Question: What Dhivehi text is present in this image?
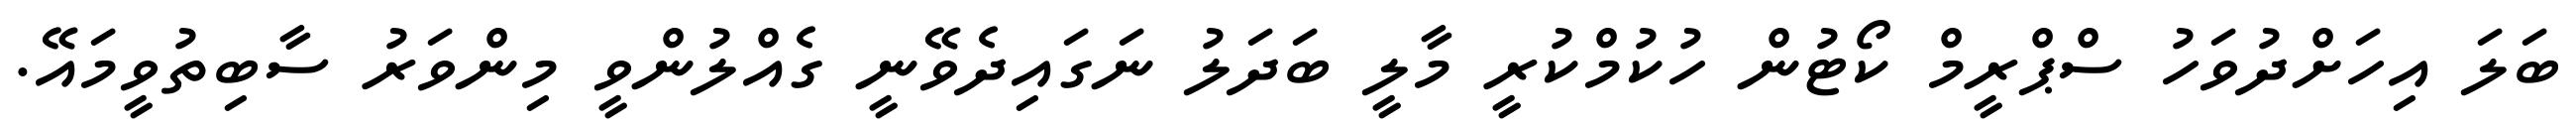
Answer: ބަލަ އިހަށްދުވަހު ސްޕްރީމް ކޯޓުން ހުކުމްކުރީ މާލީ ބަދަލު ނަގައިދެވޭނީ ގެއްލުންވީ މިންވަރު ސާބިތުވީމައޭ.